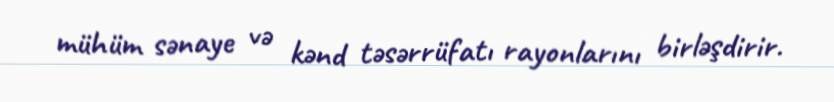
mühüm sənaye və kənd təsərrüfatı rayonlarını birləşdirir.